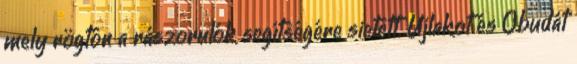
mely rögtön a rászorulók segítségére sietett. Újlakot és Óbudát